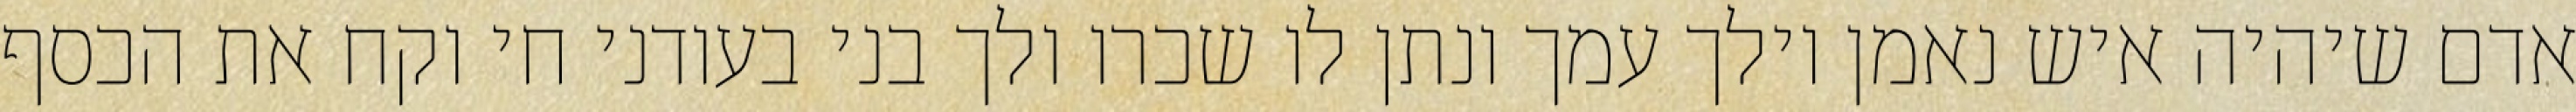
אדם שיהיה איש נאמן וילך עמך ונתן לו שכרו ולך בני בעודני חי וקח את הכסף